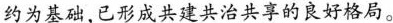
约为基础，已形成共建共治共享的良好格局。